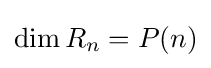
\dim R_{n}=P(n)